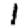
Digit: 1